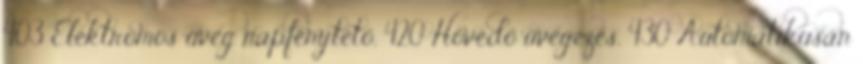
403 Elektromos üveg napfénytető, 420 Hővédő üvegezés, 430 Automatikusan